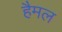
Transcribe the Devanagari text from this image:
हैमल